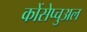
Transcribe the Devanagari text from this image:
कोंसेप्चुअल